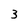
Character: 3